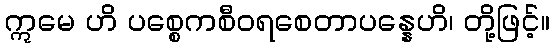
ဣမေ ဟိ ပစ္စေကစီဝရစေတာပန္နေဟိ၊ တို့ဖြင့်။